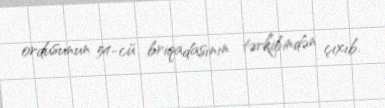
ordusunun 54-cü briqadasının tərkibindən çıxıb.